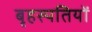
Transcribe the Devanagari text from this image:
बृहस्पतियों